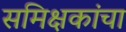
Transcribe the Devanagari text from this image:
समिक्षकांचा